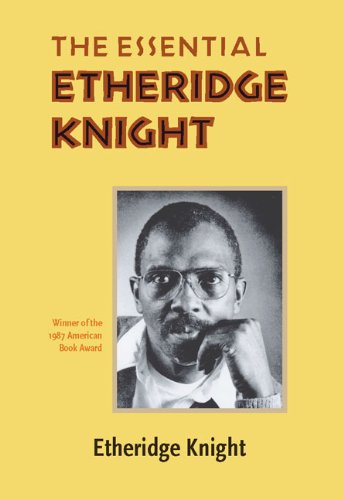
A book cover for The Essential Etheridge Knight (Pitt Poetry Series); Etheridge Knight; Literature & Fiction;